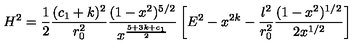
H ^ { 2 } = \frac { 1 } { 2 } \frac { ( c _ { 1 } + k ) ^ { 2 } } { r _ { 0 } ^ { 2 } } \frac { ( 1 - x ^ { 2 } ) ^ { 5 / 2 } } { x ^ { \frac { 5 + 3 k + c _ { 1 } } { 2 } } } \left[ E ^ { 2 } - x ^ { 2 k } - \frac { l ^ { 2 } } { r _ { 0 } ^ { 2 } } \frac { ( 1 - x ^ { 2 } ) ^ { 1 / 2 } } { 2 x ^ { 1 / 2 } } \right]